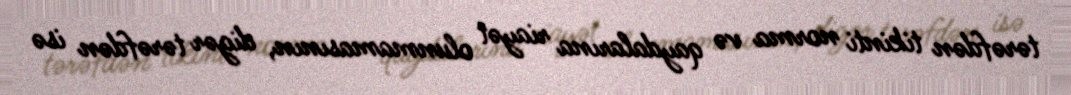
tərəfdən tikinti norma və qaydalarına riayət olunmamasının, digər tərəfdən isə